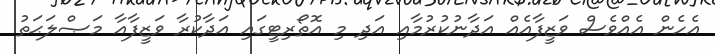
އެހެން އެއްވެސް ވަޒީފާއެއް އަދާނުކުރުމާއި އަދި މި އޮތޯރިޓީގައި އަދާކުރާ ވަޒީފާއާ މަޞްލަޙަތު